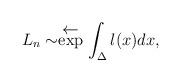
LaTeX: \begin{align*}L_n \sim \stackrel{{\textstyle \leftarrow}}{\exp} \int_\Delta l(x) dx,\end{align*}